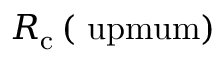
R _ { \mathrm { c } } \left( \mathrm { \ u p m u m } \right)